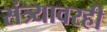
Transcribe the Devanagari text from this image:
संत्र्यावरही